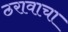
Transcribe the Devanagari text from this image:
ठरावाचा